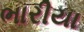
ભારીયા